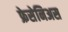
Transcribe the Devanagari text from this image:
फ्रेसेनिअस